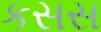
કસસ